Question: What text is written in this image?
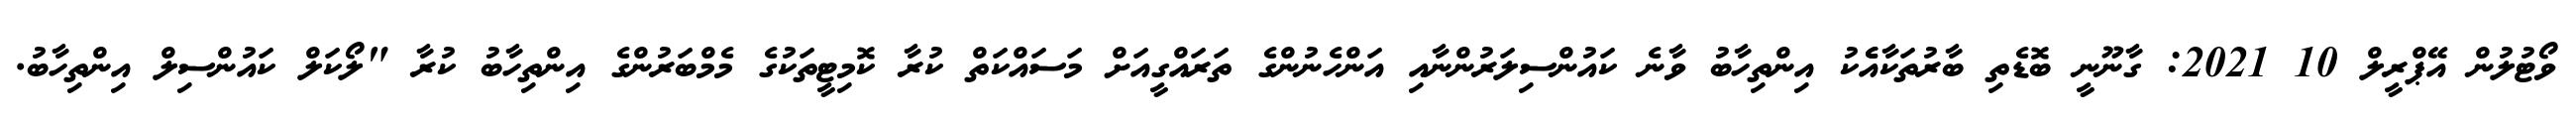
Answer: ވޯޓުލުން އޭޕްރީލް 10 2021: ގާނޫނީ ބޮޑެތި ބާރުތަކާއެެކު އިންތިހާބު ވާނެ ކައުންސިލަރުންނާއި އަންހެނުންގެ ތަރައްގީއަށް މަސައްކަތް ކުރާ ކޮމިޓީތަކުގެ މެމްބަރުންގެ އިންތިހާބު ކުރާ "ލޯކަލް ކައުންސިލް އިންތިހާބު.